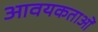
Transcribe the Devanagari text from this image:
आवयकताओं